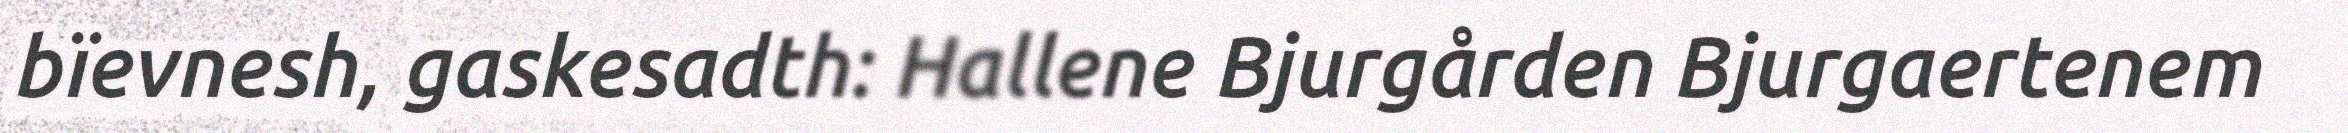
bïevnesh, gaskesadth: Hallene Bjurgården Bjurgaertenem